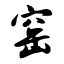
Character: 窑